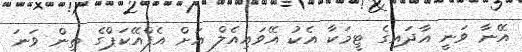
އޭނާ ވަނީ އާދައިގެ ޓީމަކާ އެކު އޭވައިއެލް އަށް އެފްއޭކަޕްގެ ތިން ވަނަ